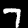
Label: 7